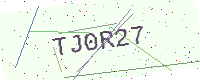
Text: TJ0R27